Annual vaccination report of Bihar and Orissa - 1911-1928
Year: 1911
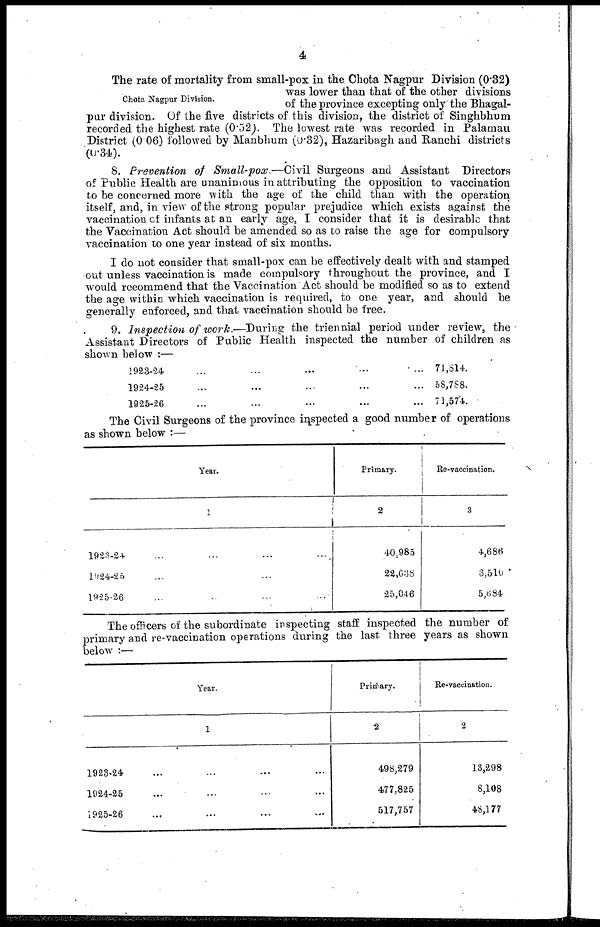
4
Chota Nagpur Division.
The rate of mortality from small-pox in the Chota Nagpur Division (0.32)
was lower than that of the other divisions
of the province excepting only the Bhagal-
pur division. Of the five districts of this division, the district of Singhbhum
recorded the highest rate (0.52). The lowest rate was recorded in Palamau
District (0.06) followed by Manbhum (0.32), Hazaribagh and Ranchi districts
(0.34).
8. Prevention of Small-pox.—Civil Surgeons and Assistant Directors
of Public Health are unanimous in attributing the opposition to vaccination
to be concerned more with the age of the child than with the operation
itself, and, in view of the strong popular prejudice which exists against the
vaccination of infants at an early age, I consider that it is desirable that
the Vaccination Act should be amended so as to raise the age for compulsory
vaccination to one year instead of six months.
I do not consider that small-pox can be effectively dealt with and stamped
out unless vaccination is made compulsory throughout the province, and I
would recommend that the Vaccination Act should be modified so as to extend
the age within which vaccination is required, to one year, and should be
generally enforced, and that vaccination should be free.
9. Inspection of work.—During the triennial period under review, the
Assistant Directors of Public Health inspected the number of children as
shown below :—
1923-24... ...
1924-25... ...
1925-26... ...
71,814.
58,788.
71,574.
The Civil Surgeons of the province inspected a good number of operations
as shown below :—
Year.
1
1923-24...
1924-25...
1925-26...
Primary.
2
40,985
22,638
25,046
Re-vaccination.
3
4,686
3,510
5,684
The officers of the subordinate inspecting staff inspected the number of
primary and re-vaccination operations during the last three years as shown
below :
Year.
1
1923-24...
1924-25...
1925-26...
Primary.
2
498,279
477,825
517,757
Re-vaccination.
2
13,298
8,108
48,177